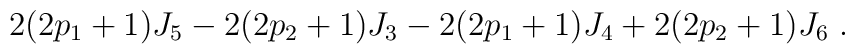
2(2p_{1}+1)J_{5}-2(2p_{2}+1)J_{3}-2(2p_{1}+1)J_{4}+2(2p_{2}+1)J_{6}\ .